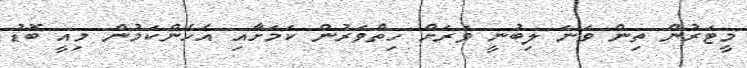
މީީޓަރުން ތިން ވަނަ ލިބުނީ ވަރަށް ހިތްވަރުން ކަމަށާއި އެހެންކަމުން މިއީ ބޮޑު